system: You are a helpful assistant.
user:
Analyze the provided spectrum to determine if it is a **M-type Giant (gM)**.

A M-type Giant spectrum is defined by its **strong molecular absorption** features, particularly from **Titanium Oxide (TiO)**. You must check for one of the following mutually exclusive signatures:

- **Key Visual Indicators (Absorption-Dominated Spectrum):**

    - **(Primary):** The spectrum is dominated by strong molecular absorption from **Titanium Oxide (TiO)**. This is the **defining feature** of its M-type temperature class.
        - **(Key Bandheads):** Look for sharp, "saw-tooth" absorption valleys. The strongest are located near **~7050 Å**, **~6160 Å**, and **~5170 Å**.
        - **(Line Profile):** The "saw-tooth" morphology is critical: a **sharp, steep drop on the BLUE (short-wavelength) side** of the bandhead, followed by a gradual recovery (rising flux) towards the RED (long-wavelength) side.

    - **(Key Confirmation - Giant vs. Dwarf):** **ABSENCE** of strong **Calcium Hydride (CaH)** molecular bands. This is the primary diagnostic for *excluding* M-dwarfs.
        - **(Key Region):** The spectrum should lack the strong, broad absorption band seen in dwarfs between **~6800 Å and ~7000 Å**.

    - **(Secondary Confirmation - Giant):** A very strong and broad **Neutral Calcium (Ca I)** atomic absorption line.
        - **(Key Line):** Located at **~4226 Å**. In a giant (gM), this line is significantly deeper and broader than the same line in an M-dwarf (dM) due to low surface gravity.

    - **(Overall Spectrum):**
        - The continuum is **extremely red-sloping** (i.e., flux is very low in the blue and rises dramatically towards the red).
        - The entire spectrum appears "chopped up" by the deep TiO bands.

Think first, call **spectral_visualization_tool** if needed to examine features in detail, then provide your final answer. Your response must adhere to the following strict rules:
1.  **Overall Structure:** Your response must follow the format `<think>...</think> <tool_call>...</tool_call> (if a tool is used) <answer>...</answer>`.
2.  **Tool Usage Constraint:** You may only make **one** tool call per turn.
3.  **Final Answer Format:** In the `<answer>` tag, your conclusion must be inside a `\boxed{}` command (e.g., `\boxed{YES}` or `\boxed{NO}`), followed by your justification.

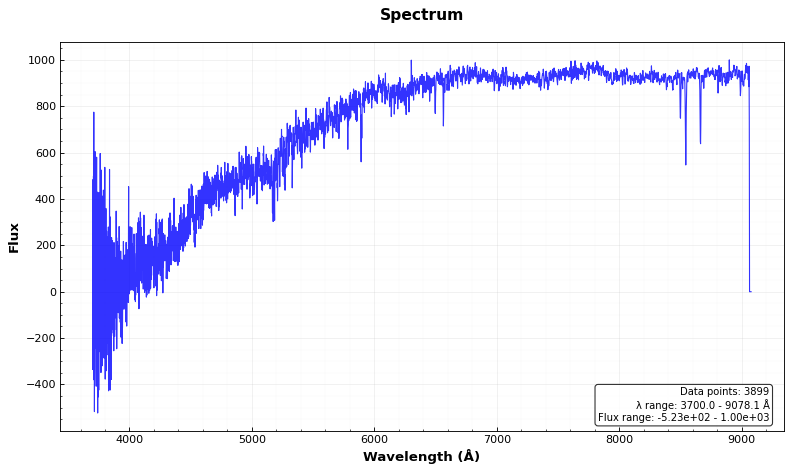
Answer: NO